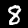
Label: 8